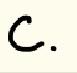
C.